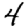
Digit: 4